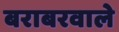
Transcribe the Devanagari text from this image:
बराबरवाले